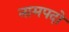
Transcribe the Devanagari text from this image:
नामपदो